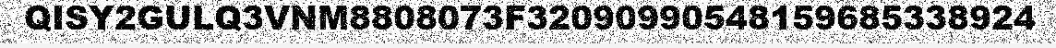
QISY2GULQ3VNM8808073F32090990548159685338924